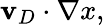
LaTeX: \mathbf{v}_{D}\cdot\nabla x,